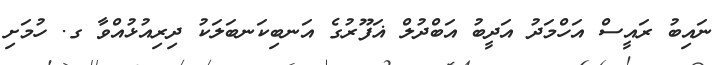
ނައިބު ރައީސް އަހްމަދު އަދީބު އަބްދުލް ޣަފޫރުގެ އަނބިކަނބަލަކު ދިރިއުޅުއްވާ ގ. ހުމަށި